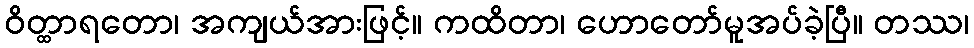
ဝိတ္ထာရတော၊ အကျယ်အားဖြင့်။ ကထိတာ၊ ဟောတော်မူအပ်ခဲ့ပြီ။ တဿ၊